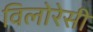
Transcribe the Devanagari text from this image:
विलोरेसी